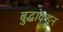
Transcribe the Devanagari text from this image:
बुद्धांकडून